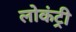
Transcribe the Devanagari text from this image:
लोकंट्री